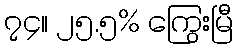
၇၄။ ၂၅.၅% ကြွေးမြီ